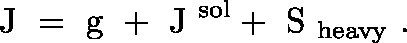
\mathrm { \boldmath ~ J ~ } = \mathrm { \boldmath ~ g ~ } + \mathrm { \boldmath ~ J ~ } ^ { \mathrm { s o l } } + \mathrm { \boldmath ~ S ~ } _ { \mathrm { h e a v y } } \ .